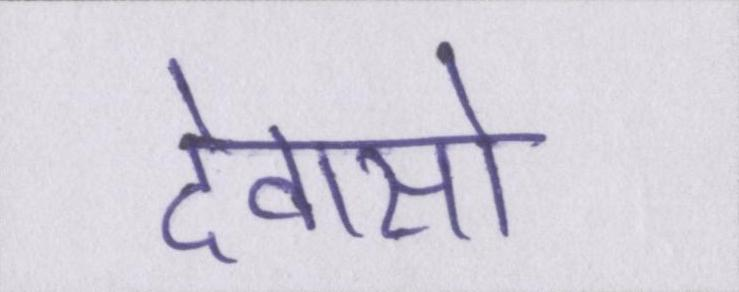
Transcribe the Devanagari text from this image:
देवासो